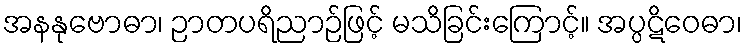
အနနုဗောဓာ၊ ဉာတပရိညာဉ်ဖြင့် မသိခြင်းကြောင့်။ အပ္ပဋိဝေဓာ၊